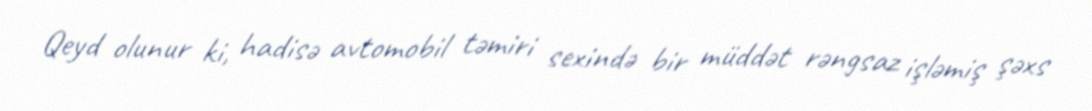
Qeyd olunur ki, hadisə avtomobil təmiri sexində bir müddət rəngsaz işləmiş şəxs